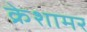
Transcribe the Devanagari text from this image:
क्रेशामर